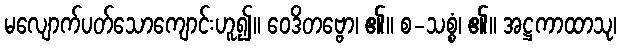
မလျောက်ပတ်သောကျောင်းဟူ၍။ ဝေဒိတဗ္ဗော၊ ၏။ စ-သစ္စံ၊ ၏။ အဋ္ဌကာထာသု၊